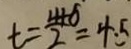
t = \frac { 4 + 5 } { 2 } = 4 : 5